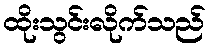
ထိုးသွင်းလိုက်သည်